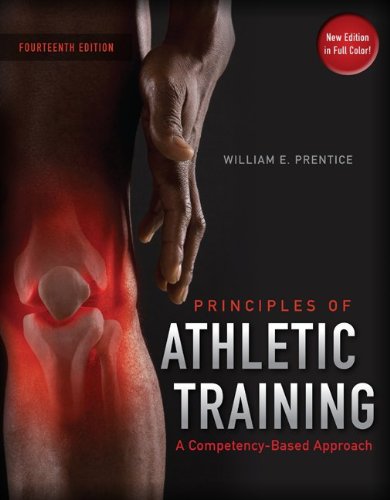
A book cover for Principles of Athletic Training: A Competency-Based Approach, 14th Edition; William E. Prentice; Medical Books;